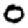
Digit: 0